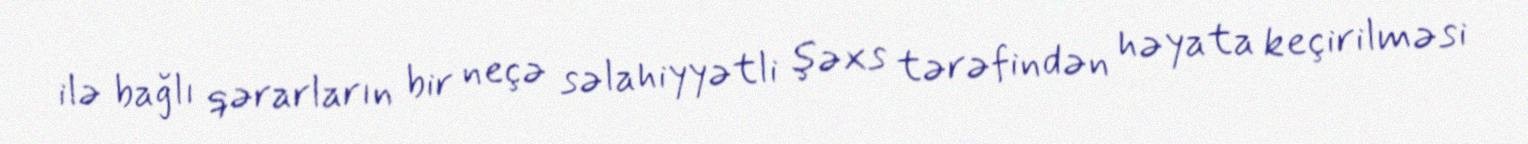
ilə bağlı qərarların bir neçə səlahiyyətli şəxs tərəfindən həyata keçirilməsi